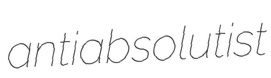
antiabsolutist